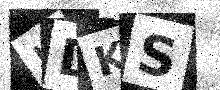
Text: JDKS